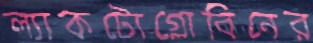
ল্যাকটোগ্লোবিনের